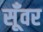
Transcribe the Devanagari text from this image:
सूँवर